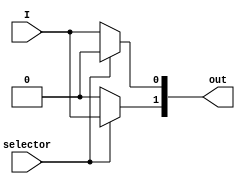
module demux_one_two_cond(
    input I,
    input selector,
    output reg [1:0]out
);
always @(I,selector) begin
    if(selector==0) begin
    out[0]=I;
    out[1]=0;
    end
    else begin
    out[0]=0;
    out[1]=I;
    end
end
endmodule